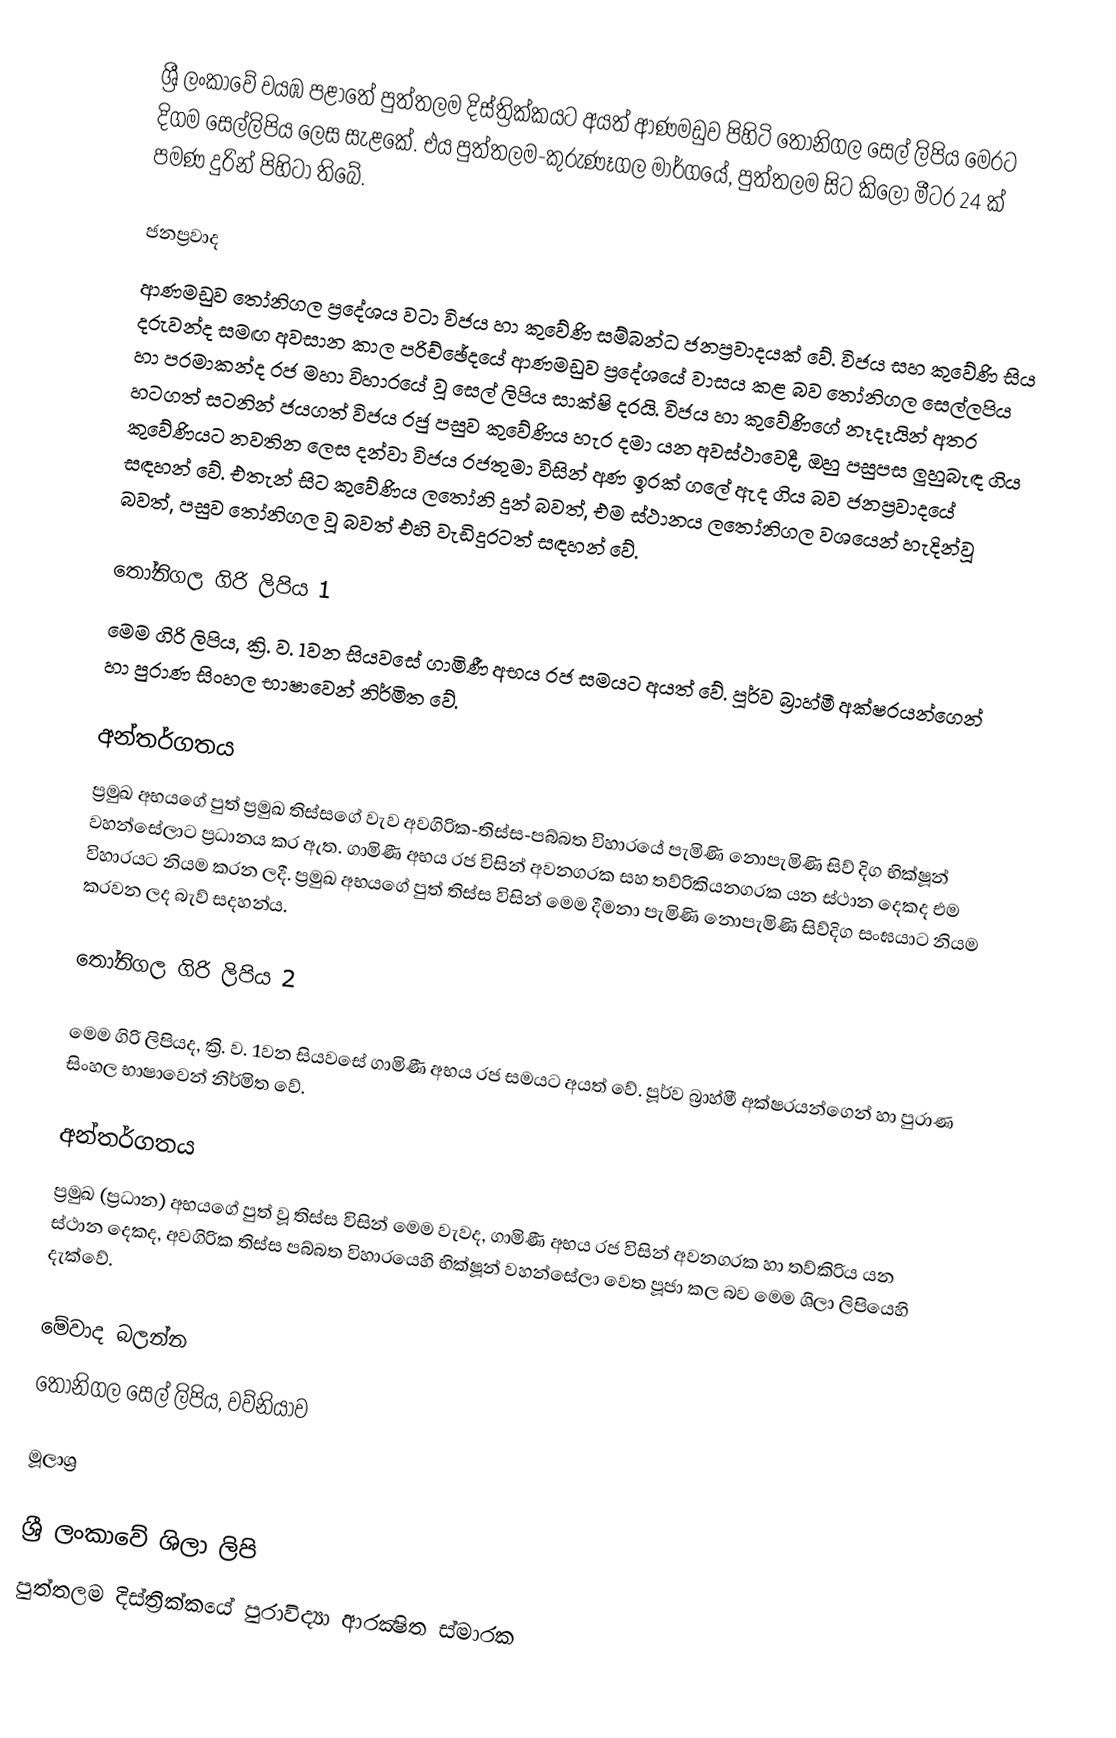
ශ්‍රී ලංකාවේ වයඹ පළාතේ පුත්තලම දිස්ත්‍රික්කයට අයත් ආණමඩුව පිහිටි තෝනිගල සෙල් ලිපිය මෙරට දිගම සෙල්ලිපිය ලෙස සැළකේ. එය පුත්තලම-කුරුණෑගල මාර්ගයේ, පුත්තලම සිට කිලෝ මීටර 24 ක් පමණ දුරින් පිහිටා තිබේ.

ජනප්‍රවාද
ආණමඩුව තෝනිගල ප්‍රදේශය වටා විජය හා කුවේණි සම්බන්ධ ජනප්‍රවාදයක් වේ. විජය සහ කුවේණි සිය දරුවන්ද සමඟ අවසාන කාල පරිච්ඡේදයේ ආණමඩුව ප්‍රදේශයේ වාසය කළ බව තෝනිගල සෙල්ලපිය හා පරමාකන්ද රජ මහා විහාරයේ වූ සෙල් ලිපිය සාක්ෂි දරයි. විජය හා කුවේණිගේ නෑදෑයින් අතර හටගත් සටනින් ජයගත් විජය රජු පසුව කුවේණිය හැර දමා යන අවස්ථාවෙදී, ඔහු පසුපස ලුහුබැඳ ගිය කුවේණියට නවතින ලෙස දන්වා විජය රජතුමා විසින් අණ ඉරක් ගලේ ඇද ගිය බව ජනප්‍රවාදයේ සඳහන් වේ. එතැන් සිට කුවේණිය ලතෝනි දුන් බවත්, එම ස්ථානය ලතෝනිගල වශයෙන් හැදින්වූ බවත්, පසුව තෝනිගල වූ බවත් එහි වැඩිදුරටත් සඳහන් වේ.

තෝනිගල ගිරි ලිපිය 1
මෙම ගිරි ලිපිය, ක්‍රි. ව. 1වන සියවසේ ගාමිණී අභය රජ සමයට අයත් වේ. පූර්ව බ්‍රාහ්මී අක්ෂරයන්ගෙන් හා පුරාණ සිංහල භාෂාවෙන් නිර්මිත වේ.

අන්තර්ගතය
ප්‍රමුඛ අභයගේ පුත් ප්‍රමුඛ තිස්සගේ වැව අවගිරික-තිස්ස-පබ්බත විහාරයේ පැමිණි නොපැමිණි සිව් දිග භික්ෂූන් වහන්සේලාට ප්‍රධානය කර ඇත. ගාමිණී අභය රජ විසින් අවනගරක සහ තව්රිකියනගරක යන ස්ථාන දෙකද එම විහාරයට නියම කරන ලදී. ප්‍රමුඛ අභයගේ පුත් තිස්ස විසින් මෙම දීමනා පැමිණි නොපැමිණි සිව්දිග සංඝයාට නියම කරවන ලද බැව් සදහන්ය.

තෝනිගල ගිරි ලිපිය 2

මෙම ගිරි ලිපියද, ක්‍රි. ව. 1වන සියවසේ ගාමිණී අභය රජ සමයට අයත් වේ. පූර්ව බ්‍රාහ්මී අක්ෂරයන්ගෙන් හා පුරාණ සිංහල භාෂාවෙන් නිර්මිත වේ.

අන්තර්ගතය
ප්‍රමුඛ (ප්‍රධාන) අභයගේ පුත් වූ තිස්ස විසින් මෙම වැවද, ගාමිණී අභය රජ විසින් අවනගරක හා තව්කිරිය යන ස්ථාන දෙකද, අවගිරික තිස්ස පබ්බත විහාරයෙහි භික්ෂූන් වහන්සේලා වෙත පූජා කල බව මෙම ශිලා ලිපියෙහි දැක්වේ.

මේවාද බලන්න
තෝනිගල සෙල් ලිපිය, වව්නියාව

මූලාශ්‍ර

ශ්‍රී ලංකාවේ ශිලා ලිපි
පුත්තලම දිස්ත්‍රික්කයේ පුරාවිද්‍යා ආරක්‍ෂිත ස්මාරක